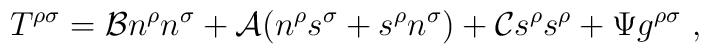
T^{\rho\sigma}={\cal B}n^\rho n^\sigma +{\cal A}\big( n^{\rho} s^{\sigma} +s^{\rho} n^{\sigma}\big)+{\cal C}s^\rho s^\rho +\Psi g^{\rho\sigma}\ ,